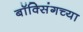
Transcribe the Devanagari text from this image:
बॉक्सिंगच्या